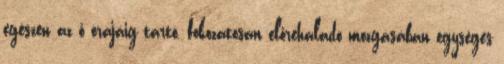
egészen az ő órájáig tartó, fokozatosan előrehaladó mozgásában egységes